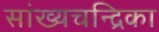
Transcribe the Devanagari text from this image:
सांख्‍यचन्द्रिका